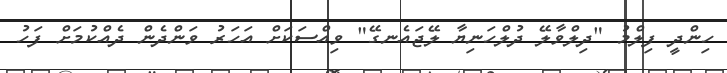
ހިންދީ ފިލްމު "ދިލްވާލޭ ދުލްހަނިޔާ ލޭޖައެނގޭ" ވިއްސަކަށް އަހަރު ވަންދެން ދެއްކުމަށް ފަހު